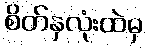
စိတ်နှလုံးထဲမှ